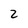
Character: 2